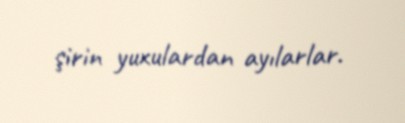
şirin yuxulardan ayılarlar.